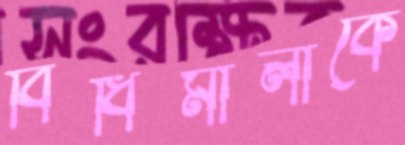
বিধিমালাকে